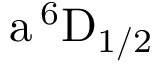
\mathrm { a \, ^ { 6 } D _ { 1 / 2 } }